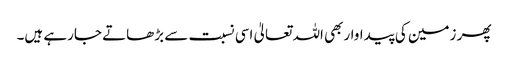
پھر زمین کی پیداواربھی اللہ تعالیٰ اسی نسبت سے بڑھاتے جارہے ہیں۔